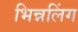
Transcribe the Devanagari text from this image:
भिन्नलिंग